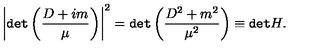
\left| { \tt { d e t } } \left( \frac { D + i m } { \mu } \right) \right| ^ { 2 } = { \tt { d e t } } \left( \frac { D ^ { 2 } + m ^ { 2 } } { \mu ^ { 2 } } \right) \equiv { \tt d e t } H .